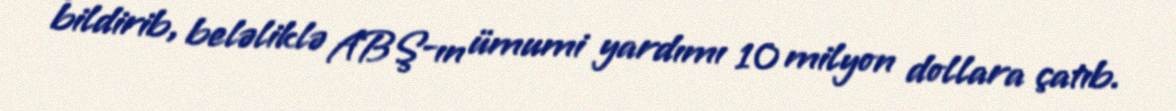
bildirib, beləliklə ABŞ-ın ümumi yardımı 10 milyon dollara çatıb.